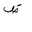
Letter: _dad